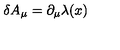
\delta A _ { \mu } = \partial _ { \mu } \lambda ( x )